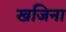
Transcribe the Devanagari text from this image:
खजिना